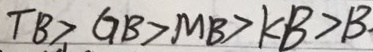
T B > G B > M B > K B > B